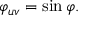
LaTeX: \varphi _ { u v } = \sin \varphi .